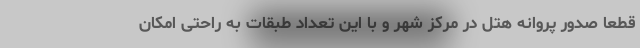
قطعا صدور پروانه هتل در مرکز شهر و با این تعداد طبقات به راحتی امکان